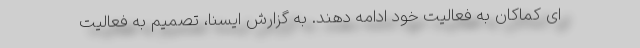
ای کماکان به فعالیت خود ادامه دهند. به گزارش ایسنا، تصمیم به فعالیت